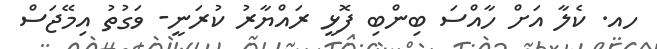
ހއ. ކެލާ އަށް ހާއްސަ ބިންބި ފޮޅީ ރައްޔާރު ކުރަނީ- ވަގުތު އިމޭޖަސް